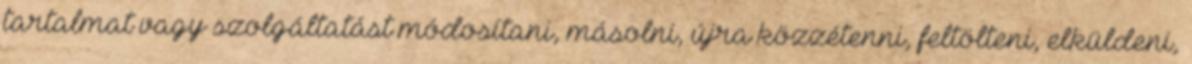
tartalmat vagy szolgáltatást módosítani, másolni, újra közzétenni, feltölteni, elküldeni,